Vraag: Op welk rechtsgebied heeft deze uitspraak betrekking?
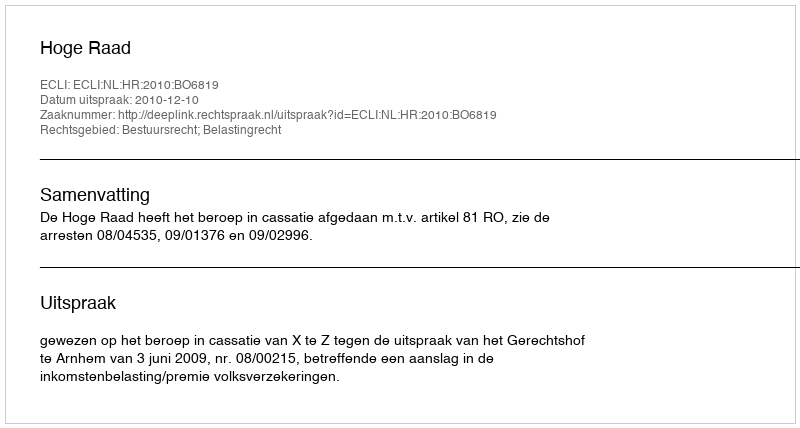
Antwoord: Bestuursrecht; Belastingrecht